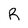
Character: R